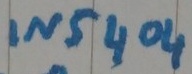
Text: IN5404